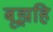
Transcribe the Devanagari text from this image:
बूझहि